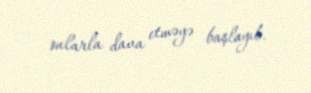
onlarla dava etməyə başlayıb.